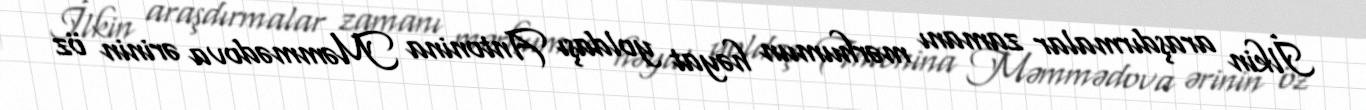
İlkin araşdırmalar zamanı mərhumun həyat yoldaşı Antonina Məmmədova ərinin öz